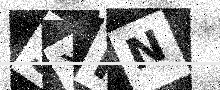
Text: 5XFN